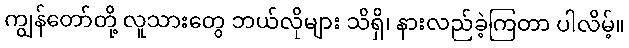
ကျွန်တော်တို့ လူသားတွေ ဘယ်လိုများ သိရှိ၊ နားလည်ခဲ့ကြတာ ပါလိမ့်။